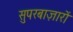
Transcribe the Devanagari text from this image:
सुपरबाज़ारों